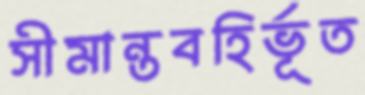
সীমান্তবহির্ভূত